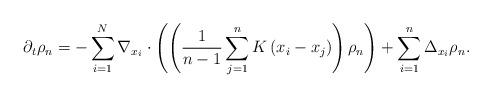
LaTeX: \begin{align*}\partial_t\rho_n=-\sum_{i=1}^N\nabla_{x_i}\cdot\left(\left(\frac{1}{n-1}\sum_{j=1}^n K\left(x_i-x_j\right)\right)\rho_n\right)+\sum_{i=1}^n\Delta_{x_i}\rho_n.\end{align*}